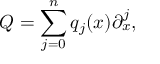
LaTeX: Q = \sum _ { j = 0 } ^ { n } q _ { j } ( x ) \partial _ { x } ^ { j } ,